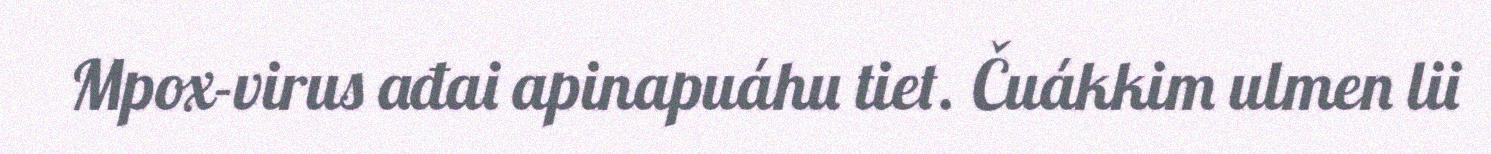
Mpox-virus ađai apinapuáhu tiet. Čuákkim ulmen lii